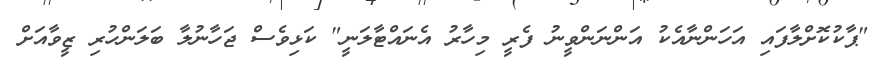
"ޕާކުކޮށްލާފައި އަހަންނާއެކު އަންނަންވީނު ފެރީ މިހާރު އެނައްޓާލަނީ" ކަޅިވެސް ޖަހާނުލާ ބަލަންހުރި ޒީވާއަށް